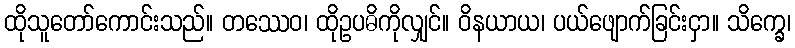
ထိုသူတော်ကောင်းသည်။ တဿေဝ၊ ထိုဥပဓိကိုလျှင်။ ဝိနယာယ၊ ပယ်ဖျောက်ခြင်းငှာ။ သိက္ခေ၊